38_143685_box_Incident_Summaries_101-172
Agency: Department of War
Page 149
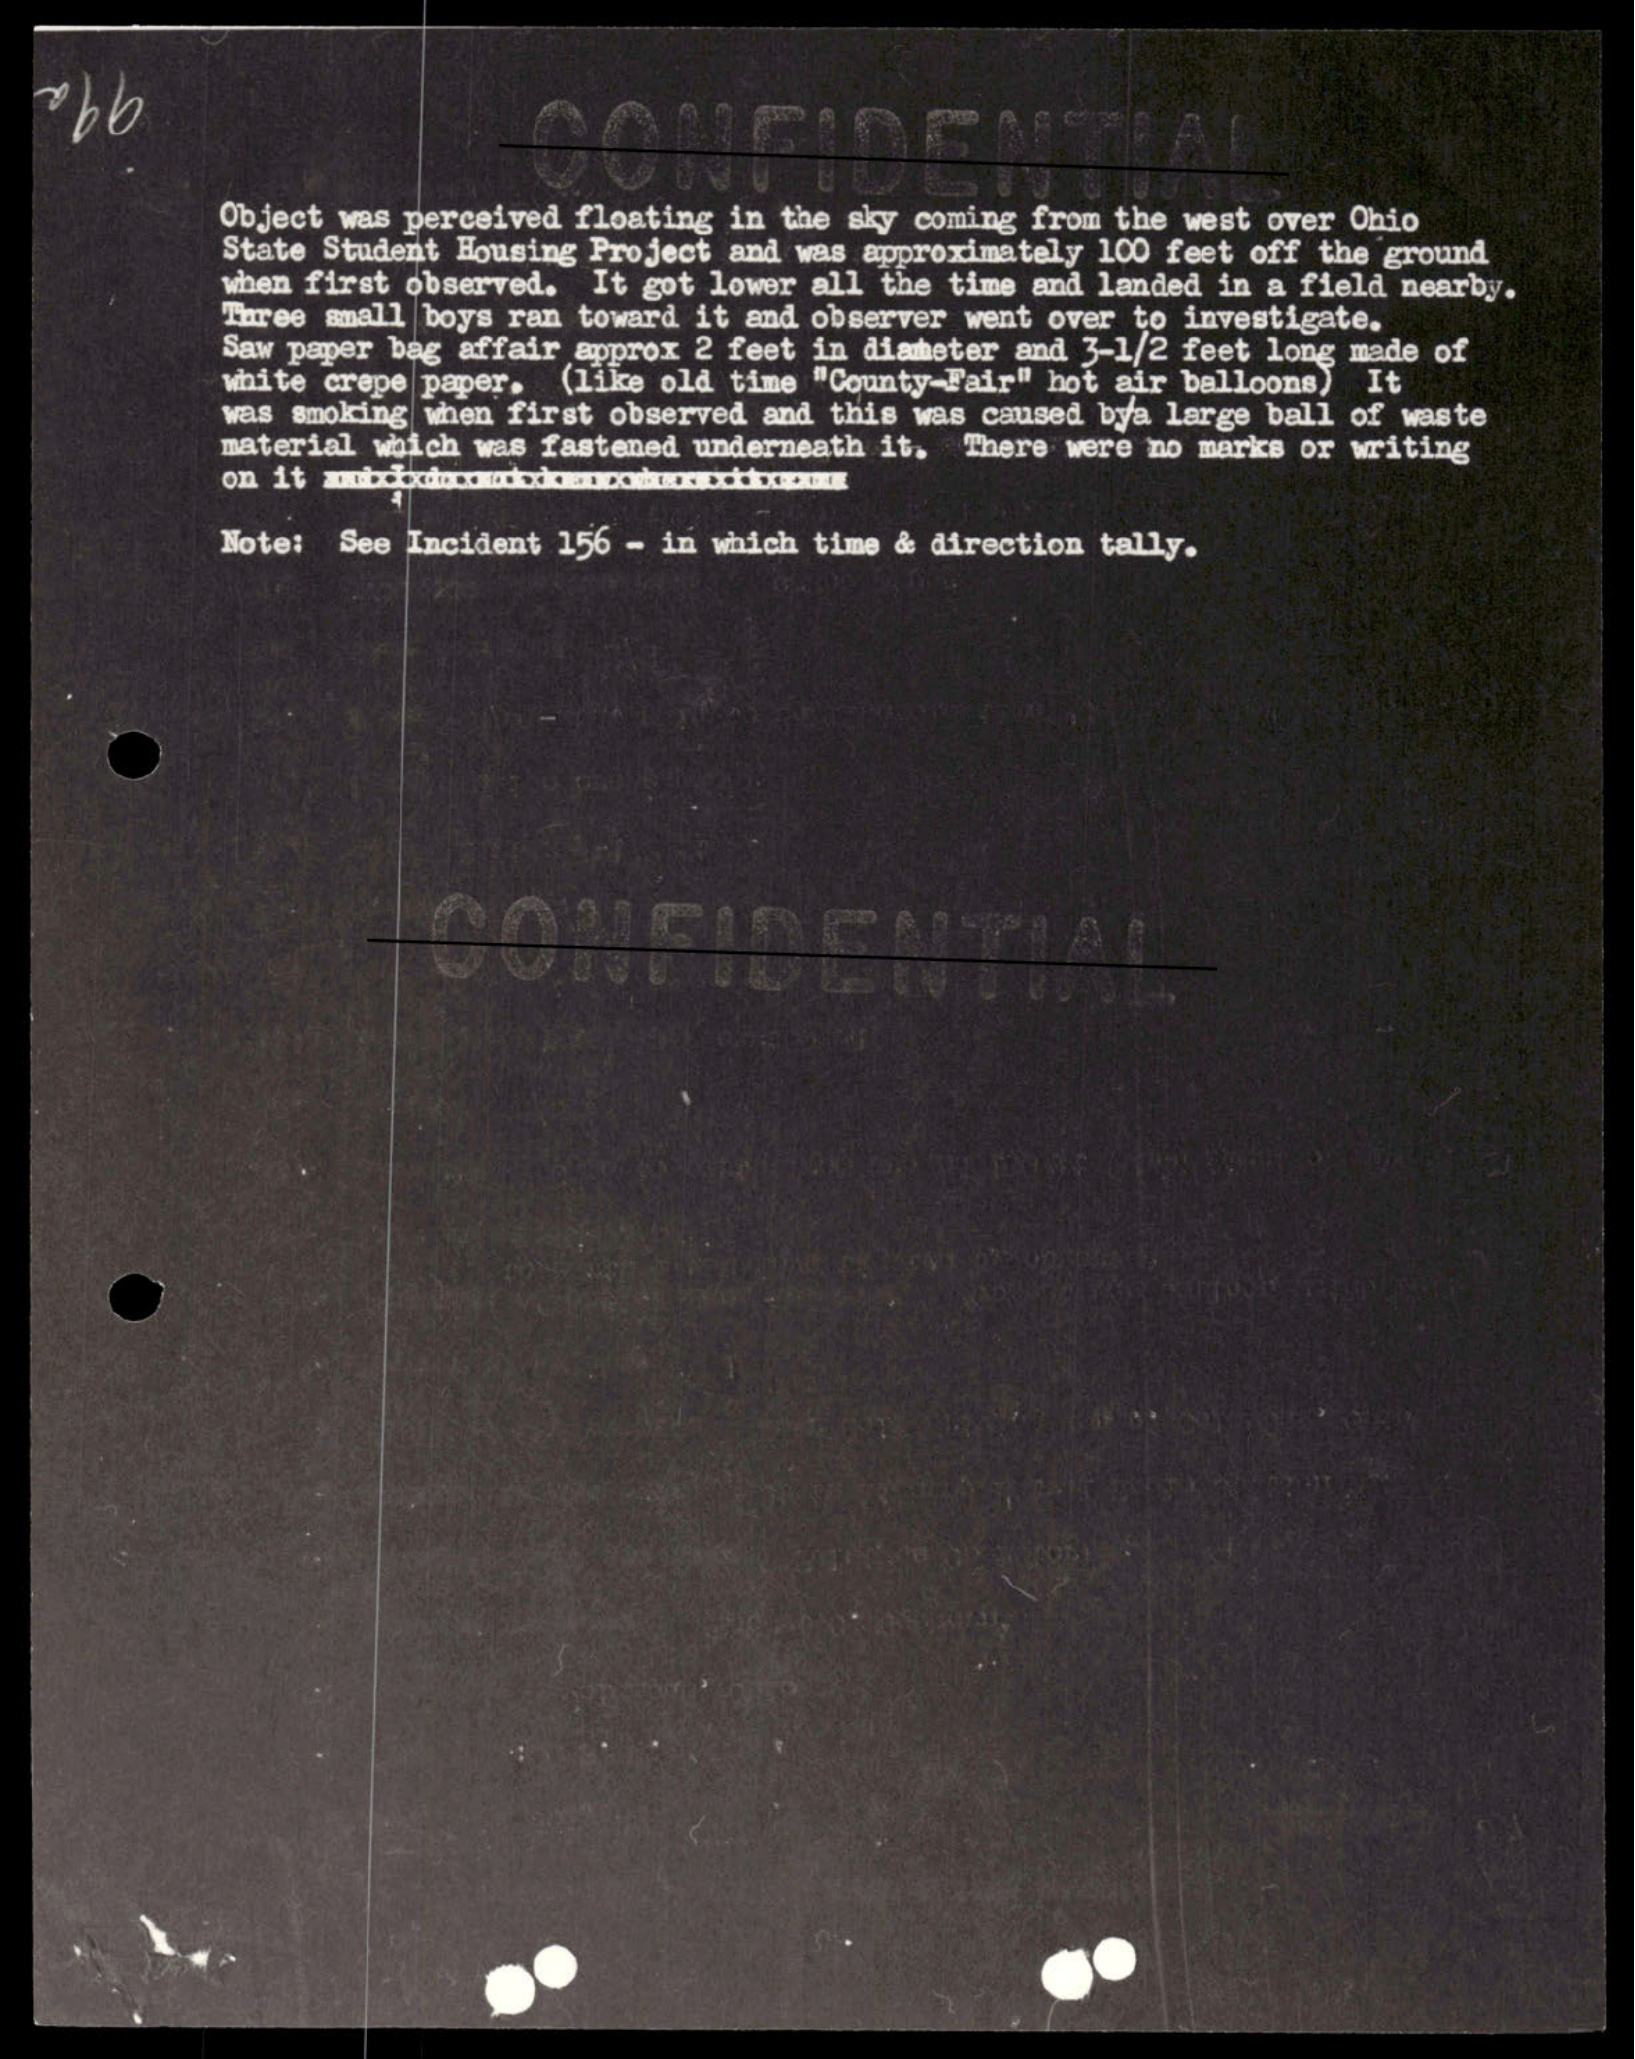